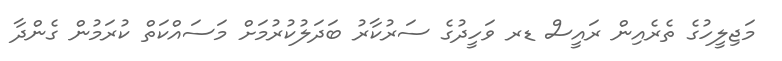
މަޖިލީހުގެ ތެރެއިން ރައީސް ޑރ ވަހީދުގެ ސަރުކާރު ބަދަލުކުރުމަށް މަސައްކަތް ކުރަމުން ގެންދާ